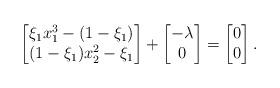
LaTeX: \begin{align*}\begin{bmatrix}\xi_1 x_1^3-(1-\xi_1)\\ (1-\xi_1)x_2^2-\xi_1\end{bmatrix}+\begin{bmatrix}-\lambda\\ 0\end{bmatrix}=\begin{bmatrix}0\\ 0\end{bmatrix}.\end{align*}